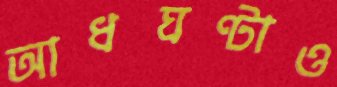
আধঘণ্টাও